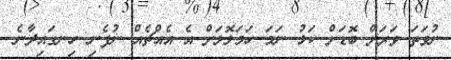
ނުވަތަ ވަރަށް ބޮޑަށް ކަޅު ނަމަ ހަމަލޮލަށް އެ އެއްޗެއް ނުފެނި ހިނގައިދާނެ